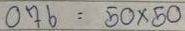
076 = 50 x 50